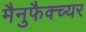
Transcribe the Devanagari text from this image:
मैनुफैक्च्यर